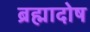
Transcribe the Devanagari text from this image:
ब्रह्मादोष